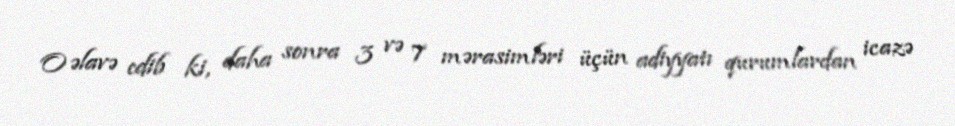
O əlavə edib ki, daha sonra 3 və 7 mərasimləri üçün adiyyatı qurumlardan icazə